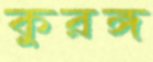
কুরঙ্গ